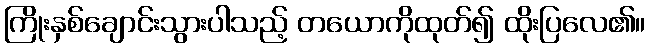
ကြိုးနှစ်ချောင်းသွားပါသည့် တယောကိုထုတ်၍ ထိုးပြလေ၏။